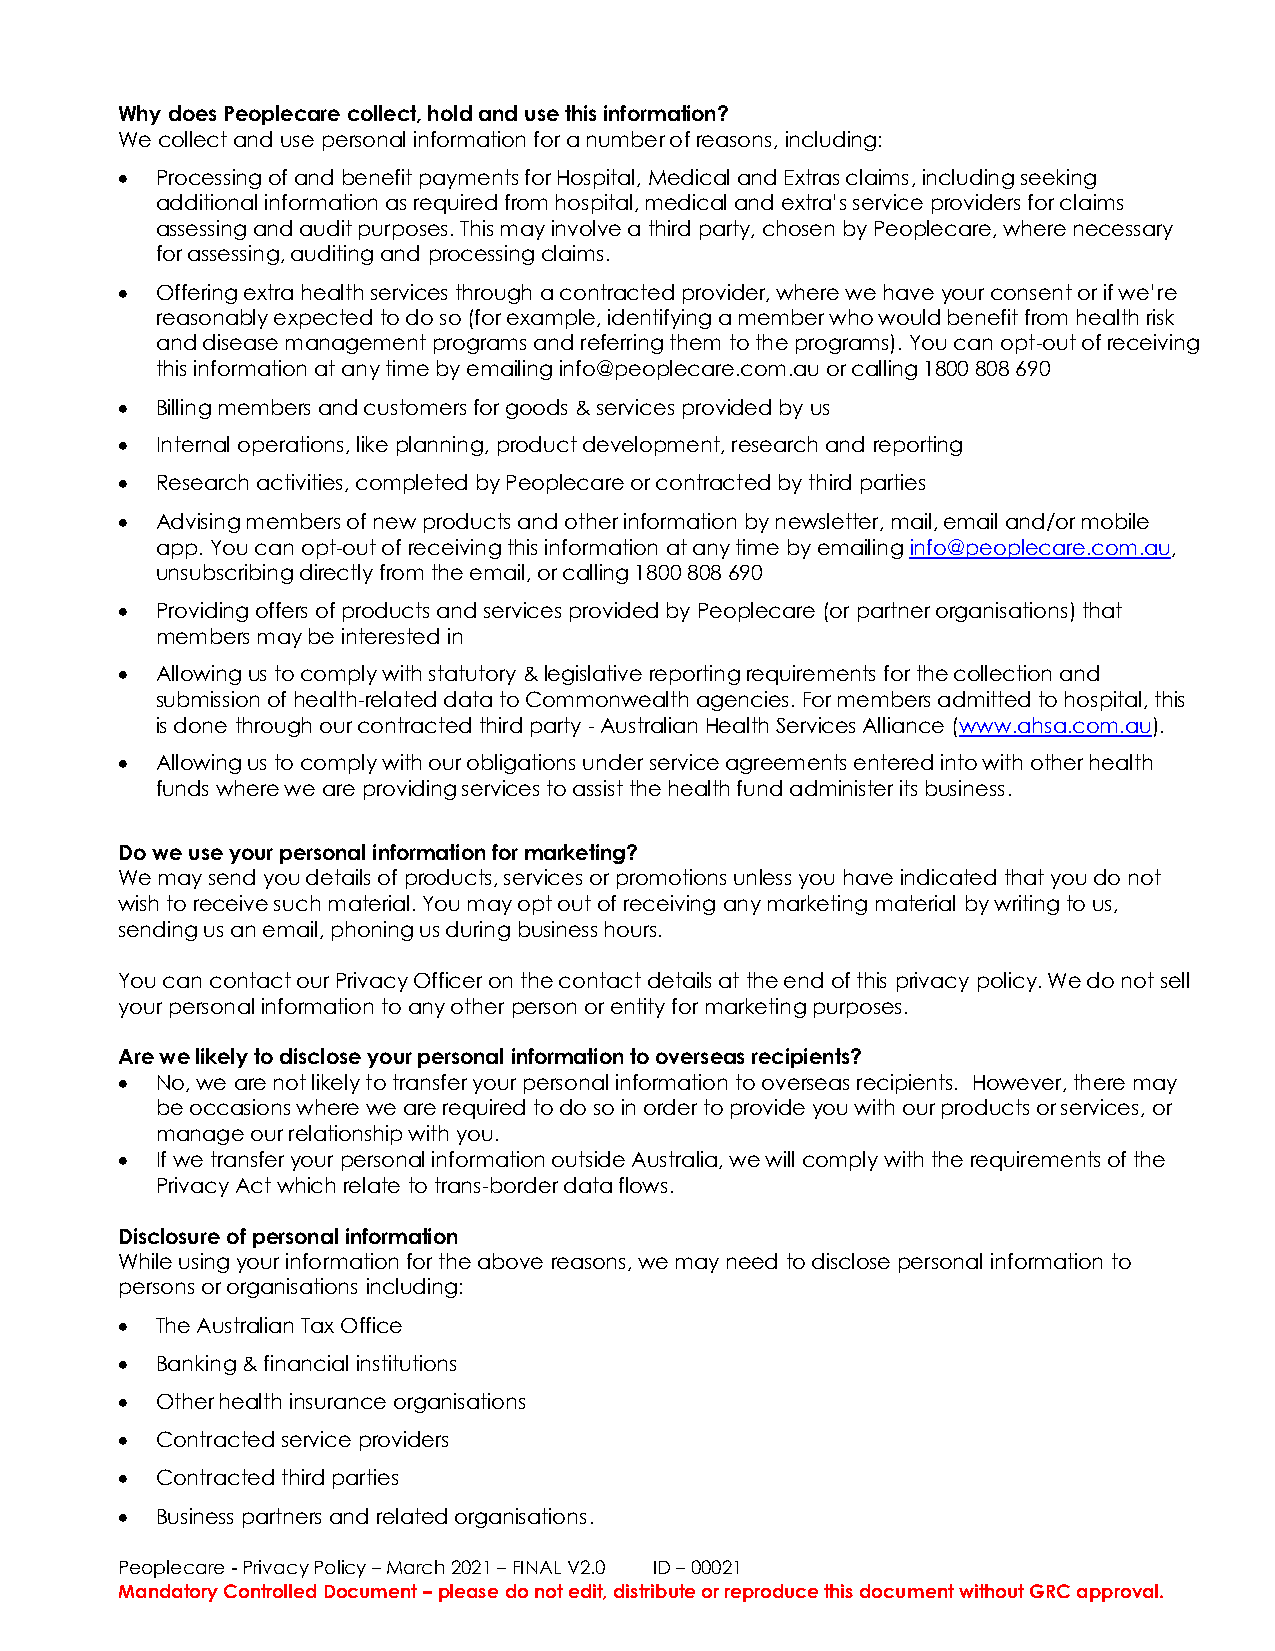
Why does Peoplecare collect, hold and use this information?
 We collect and use personal information for a number of reasons, including:
 • Processing of and benefit payments for Hospital, Medical and Extras claims, including seeking
 additional information as required from hospital, medical and extra’s service providers for claims
 assessing and audit purposes. This may involve a third party, chosen by Peoplecare, where necessary
 for assessing, auditing and processing claims.
 • Offering extra health services through a contracted provider, where we have your consent or if we’re
 reasonably expected to do so (for example, identifying a member who would benefit from health risk
 and disease management programs and referring them to the programs). You can opt-out of receiving
 this information at any time by emailing info@peoplecare.com.au or calling 1800 808 690
 • Billing members and customers for goods & services provided by us
 • Internal operations, like planning, product development, research and reporting
 • Research activities, completed by Peoplecare or contracted by third parties
 • Advising members of new products and other information by newsletter, mail, email and/or mobile
 app. You can opt-out of receiving this information at any time by emailing info@peoplecare.com.au,
 unsubscribing directly from the email, or calling 1800 808 690
 • Providing offers of products and services provided by Peoplecare (or partner organisations) that
 members may be interested in
 • Allowing us to comply with statutory & legislative reporting requirements for the collection and
 submission of health-related data to Commonwealth agencies. For members admitted to hospital, this
 is done through our contracted third party - Australian Health Services Alliance (www.ahsa.com.au).
 • Allowing us to comply with our obligations under service agreements entered into with other health
 funds where we are providing services to assist the health fund administer its business.
 Do we use your personal information for marketing?
 We may send you details of products, services or promotions unless you have indicated that you do not
 wish to receive such material. You may opt out of receiving any marketing material by writing to us,
 sending us an email, phoning us during business hours.
 You can contact our Privacy Officer on the contact details at the end of this privacy policy. We do not sell
 your personal information to any other person or entity for marketing purposes.
 Are we likely to disclose your personal information to overseas recipients?
 • No, we are not likely to transfer your personal information to overseas recipients. However, there may
 be occasions where we are required to do so in order to provide you with our products or services, or
 manage our relationship with you.
 • If we transfer your personal information outside Australia, we will comply with the requirements of the
 Privacy Act which relate to trans-border data flows.
 Disclosure of personal information
 While using your information for the above reasons, we may need to disclose personal information to
 persons or organisations including:
 • The Australian Tax Office
 • Banking & financial institutions
 • Other health insurance organisations
 • Contracted service providers
 • Contracted third parties
 • Business partners and related organisations.
 Peoplecare - Privacy Policy – March 2021 – FINAL V2.0 ID – 00021
 Mandatory Controlled Document – please do not edit, distribute or reproduce this document without GRC approval.